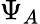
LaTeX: \Psi_{A}